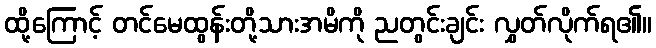
ထို့ကြောင့် တင်မေထွန်းတို့သားအမိကို ညတွင်းချင်း လွှတ်လိုက်ရ၏။